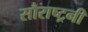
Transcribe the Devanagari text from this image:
सौराष्ट्रनी